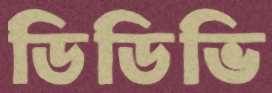
ডিডিভি